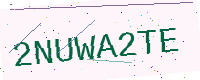
Text: 2NUWA2TE